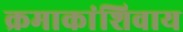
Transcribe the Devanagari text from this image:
क्रमाकांशिवाय